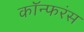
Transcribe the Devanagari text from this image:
कॉन्फरंस